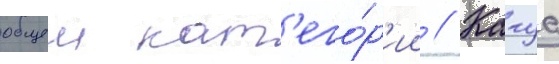
общеи кат'его́р'ии // Кагуа